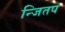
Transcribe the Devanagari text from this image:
न्जितप